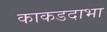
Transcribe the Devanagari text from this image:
काकडदाभा